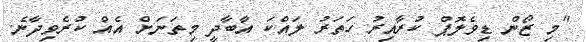
"މި ޒޯން ޑިވެލޮޕް ކުރާއިރު ހަތަރު ލައްކަ އާބާދީ މިތަނަށް އެއް ކުރެވިދާނެ.